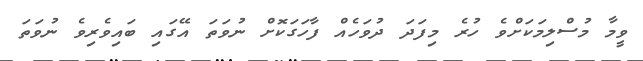
ވީމާ މުސްލިމަކަށްވެ ހުރެ މިފަދަ ދުވަހެއް ފާހަގަކޮށް ނުވަތަ އޭގައި ބައިވެރިވެ ނުވަތަ